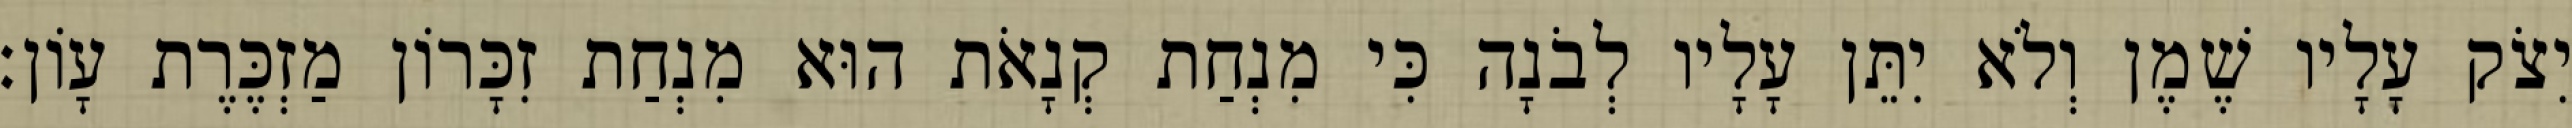
יִצֹק עָלָיו שֶׁמֶן וְלֹא יִתֵּן עָלָיו לְבֹנָה כִּי מִנְחַת קְנָאֹת הוּא מִנְחַת זִכָּרוֹן מַזְכֶּרֶת עָוֹן׃